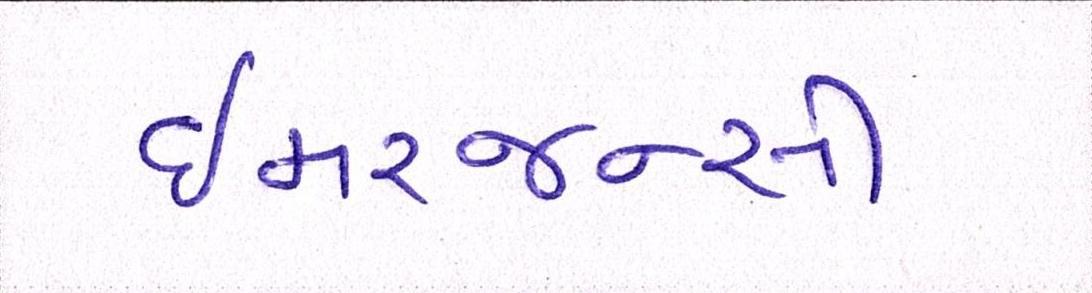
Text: ઇમરજન્સી